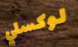
لوكسلي